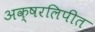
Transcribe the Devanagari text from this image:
अक्षरलिपीत